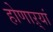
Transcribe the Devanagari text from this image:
होणाऱ्यां